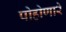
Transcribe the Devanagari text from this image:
पोहोणारे